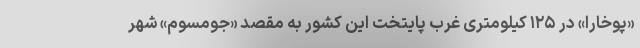
«پوخارا» در ۱۲۵ کیلومتری غرب پایتخت این کشور به مقصد «جومسوم» شهر